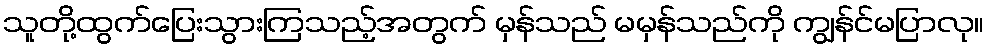
သူတို့ထွက်ပြေးသွားကြသည့်အတွက် မှန်သည် မမှန်သည်ကို ကျွန်င်မပြာလု။